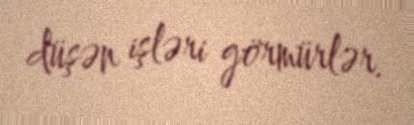
düşən işləri görmürlər.